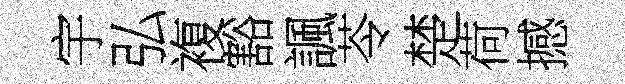
宇弘複豁諷苓楚荷撼